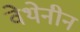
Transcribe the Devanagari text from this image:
वेथेनीन